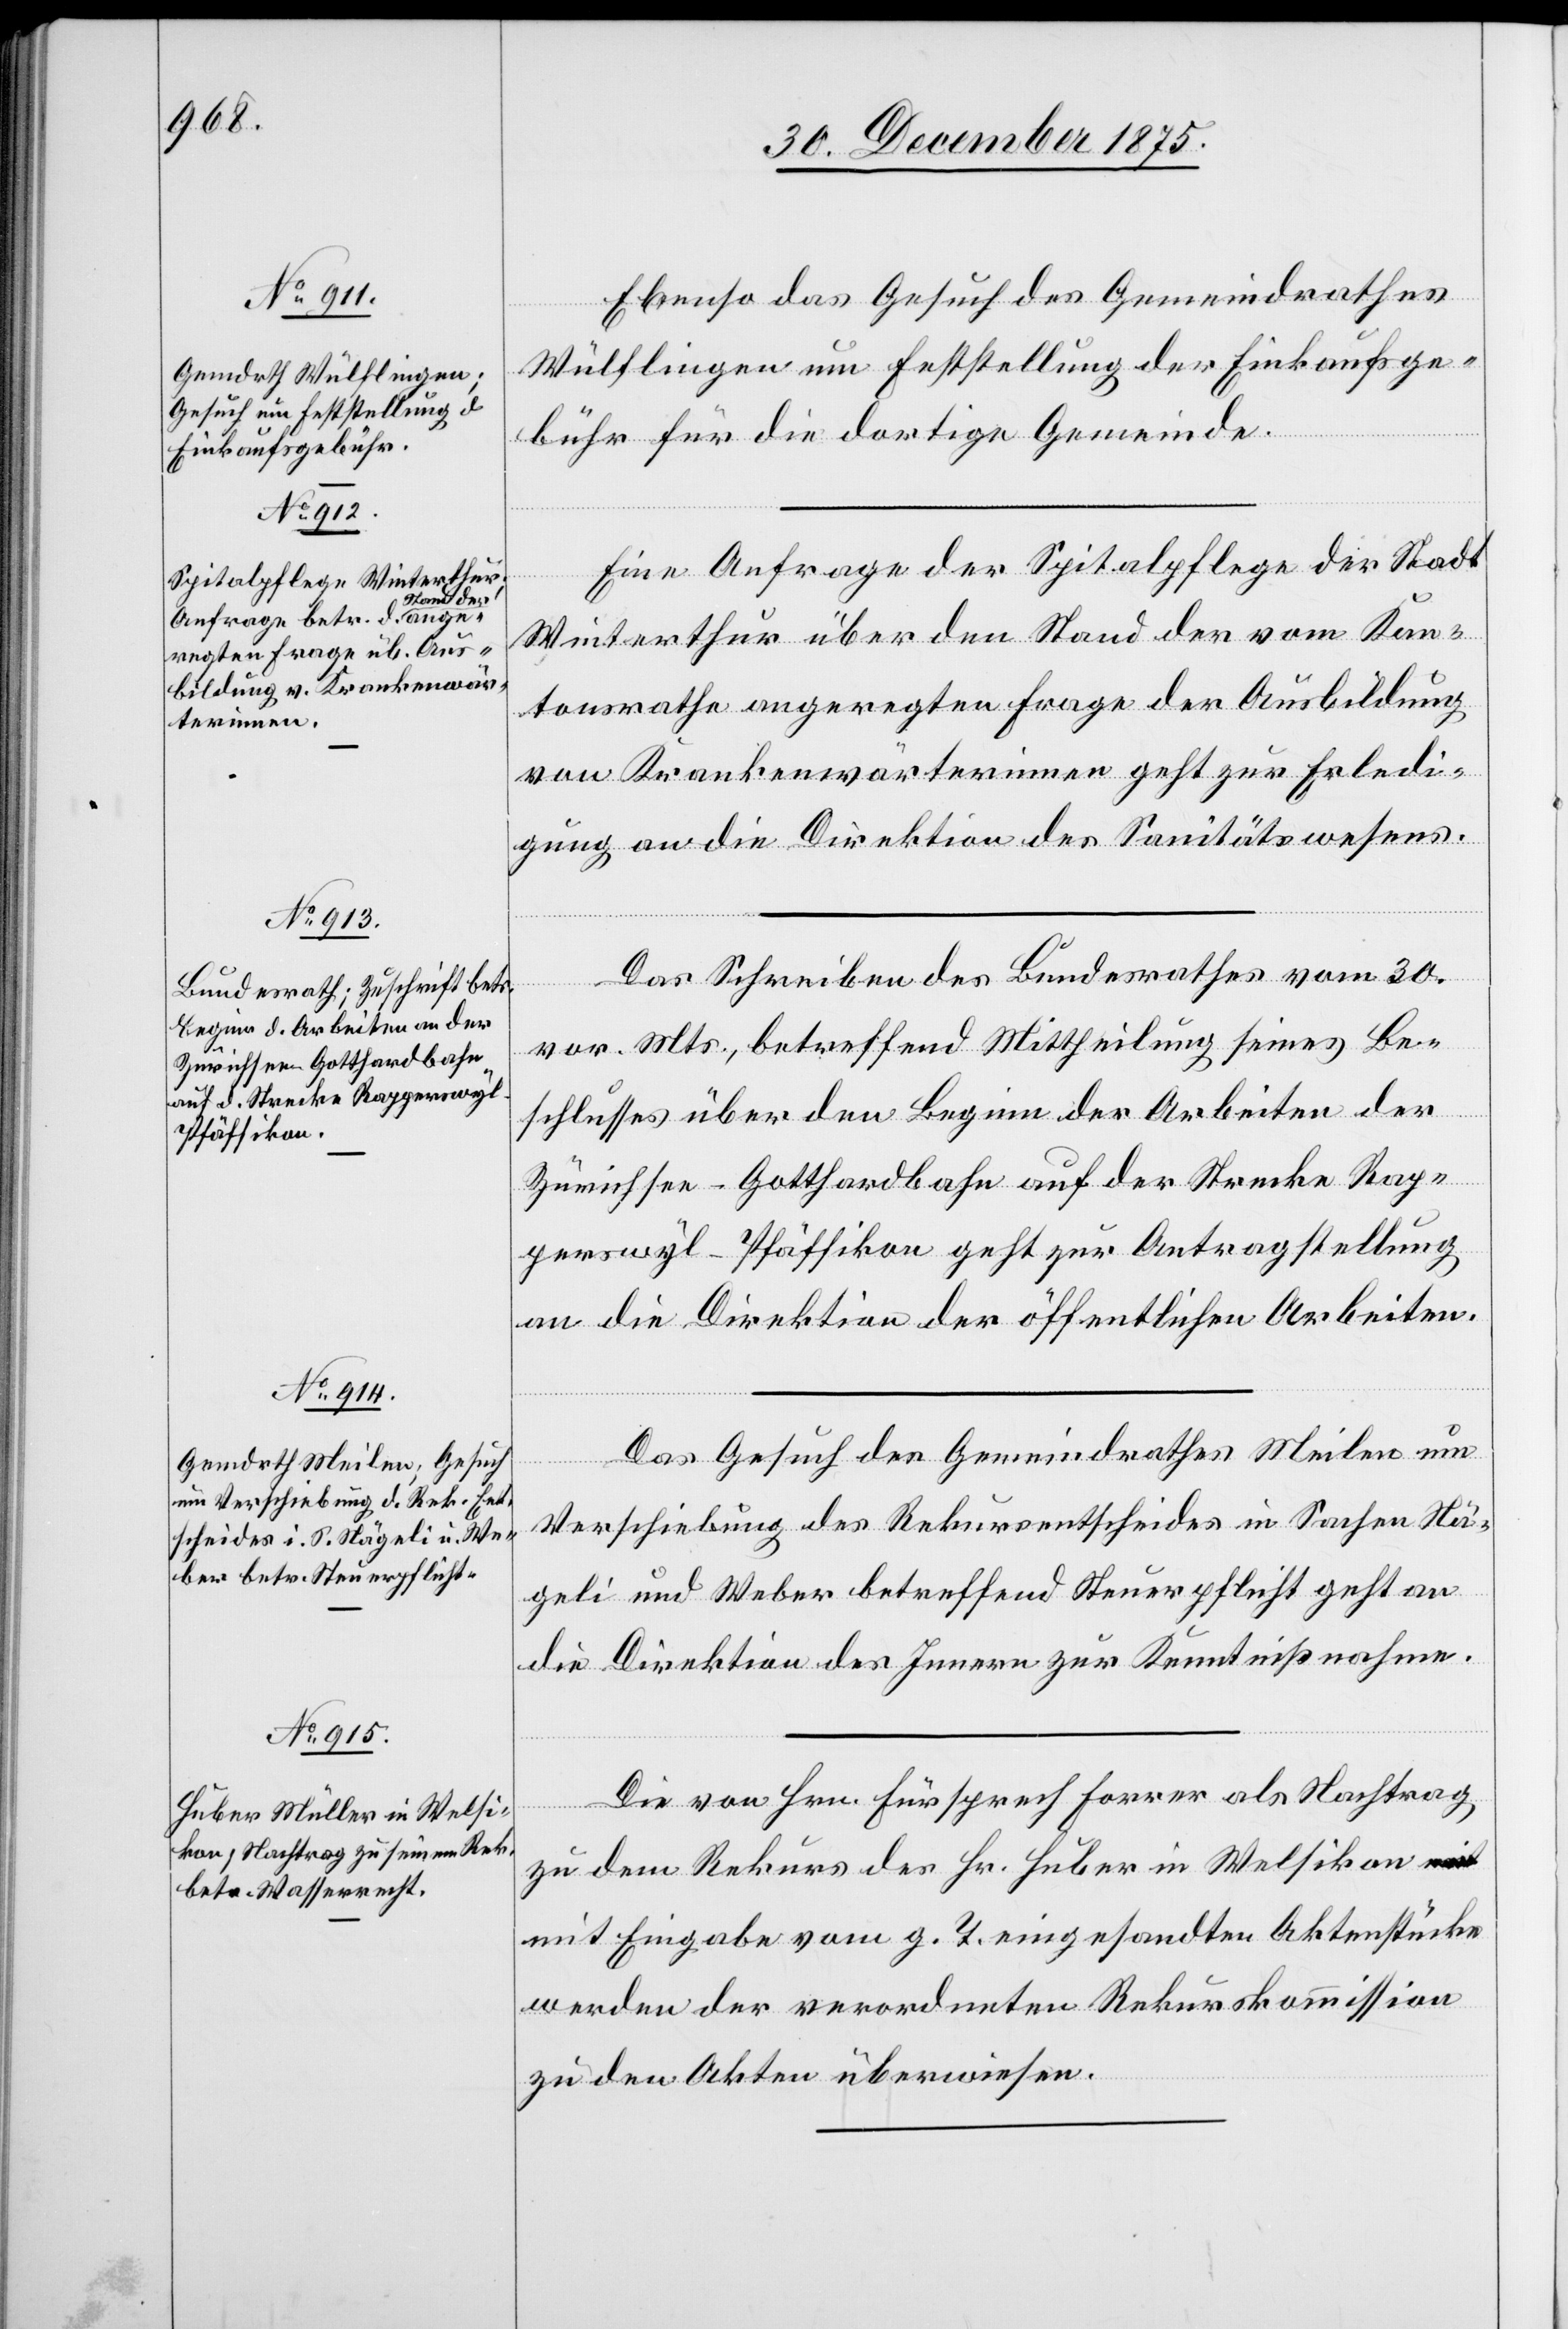
4.
Ebenso das Gesuch des Gemeindrathes
Wülflingen um Feststellung der Einkaufsge¬
bühr für die dortige Gemeinde.
Eine Anfrage der Spitalpflege der Stadt
Hrn.
Winterthur über den Stand der vom Kan¬
tonsrathe angeregten Frage der Ausbildung
von Krankenwärterinnen geht zur Erledi¬
gung an die Direktion des Sanitätswesens.
Das Schreiben des Bundesrathes vom 30.
vor. Mts., betreffend Mittheilung seines Be¬
Forrer
schlusses über den Beginn der Arbeiten der
Zürichsee–Gotthardbahn auf der Strecke Rap¬
perswyl–Pfäffikon geht zur Antragstellung
an die Direktion der öffentlichen Arbeiten.
Das Gesuch des Gemeindrathes Meilen um
trag
Verschiebung des Rekursentscheides in Sachen Nä¬
geli und Weber betreffend Steuerpflicht geht an
die Direktion des Innern zur Kenntnißnahme.
zu dem Rekurs des Hr. Huber in Welsikon mit
Eingabe vom g. T. eingesandten Aktenstücke
werden der verordneten Rekurskommission
zu den Akten überwiesen.